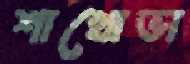
শাখোভা